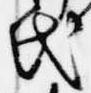
氏